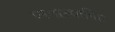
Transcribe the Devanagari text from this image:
प्नःप्रस्थापित